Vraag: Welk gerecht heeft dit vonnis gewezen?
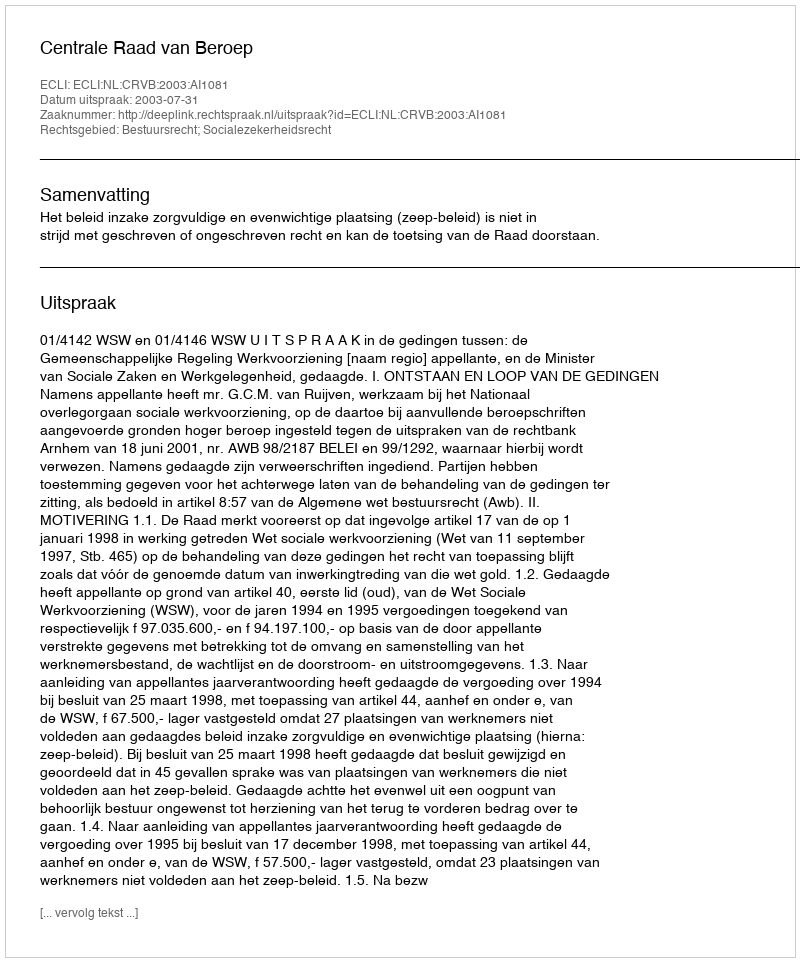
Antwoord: Centrale Raad van Beroep